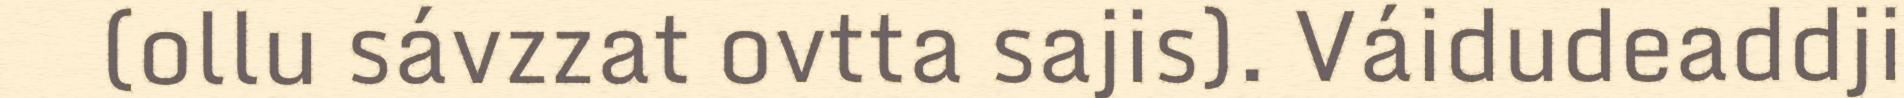
(ollu sávzzat ovtta sajis). Váidudeaddji